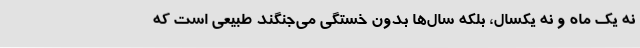
نه یک ماه و نه یکسال، بلکه سال‌ها بدون خستگی می‌جنگند طبیعی است که